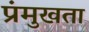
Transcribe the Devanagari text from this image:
प्रंमुखता